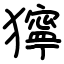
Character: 獰